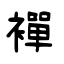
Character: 襌